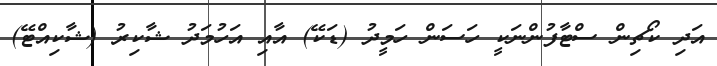
އަދި ކޯޗިން ސްޓާފުންނަކީ ހަސަން ހަމީދު (ޑަކޭ) އާއި އަހުމަދު ޝާކިރު (ޝާކިއްޓޭ)